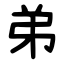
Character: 弟